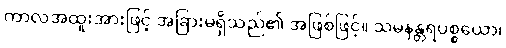
ကာလအထူးအားဖြင့် အခြားမရှိသည်၏ အဖြစ်ဖြင့်။ သမနန္တရပစ္စယော၊